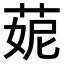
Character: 𦲁